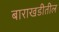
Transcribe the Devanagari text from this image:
बाराखडीतील